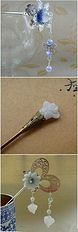
桃今百馀尺，花落成枯枝。